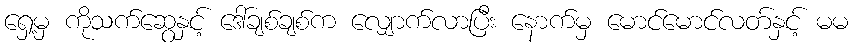
ရှေ့မှ ကိုသက်ဆွေနှင့် ဒေါ်ချစ်ချစ်က လျှောက်လာပြီး နောက်မှ မောင်မောင်လတ်နှင့် မမ